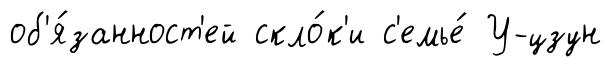
об'я́занност'ей скло́к'и с'емье́ У-цзун